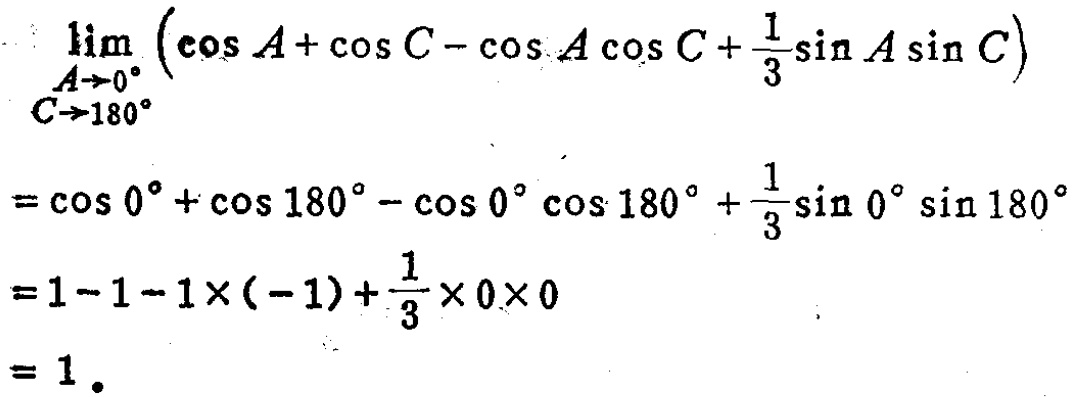
\[
\begin{align*}
&\lim_{\substack{A\rightarrow0^{\circ}\\C\rightarrow180^{\circ}}}\left(\cos A+\cos C-\cos A\cos C+\frac{1}{3}\sin A\sin C\right)\\
=&\cos 0^{\circ}+\cos 180^{\circ}-\cos 0^{\circ}\cos 180^{\circ}+\frac{1}{3}\sin 0^{\circ}\sin 180^{\circ}\\
=&1 - 1-1\times(-1)+\frac{1}{3}\times0\times0\\
=&1.
\end{align*}
\]